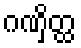
ဂဏှိတ္ထ